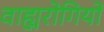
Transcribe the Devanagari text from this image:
वाह्यरोगियों